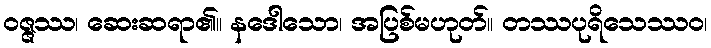
ဝဇ္ဇဿ၊ ဆေးဆရာ၏။ နဒေါသော၊ အပြစ်မဟုတ်။ တဿပုရိသေဿဝ၊